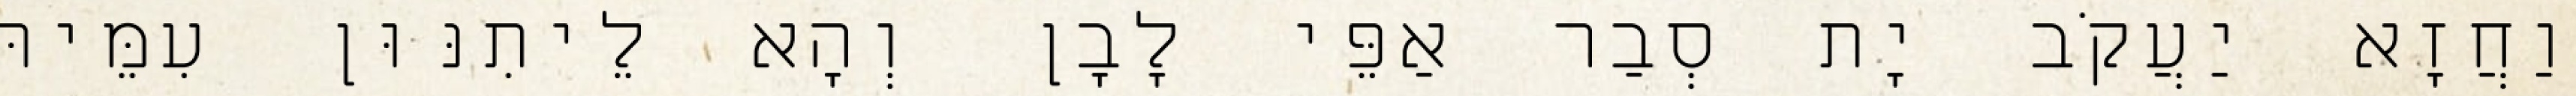
וַחֲזָא יַעֲקֹב יָת סְבַר אַפֵּי לָבָן וְהָא לֵיתִנּוּן עִמֵּיהּ